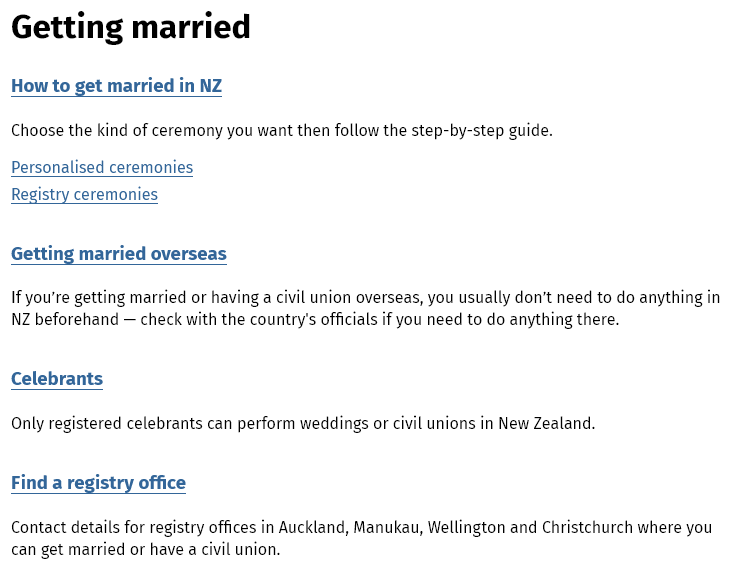
Getting    married
  Choose the kind of ceremony you want then follow the step-by-step guide.
  Personalised ceremonies
  Getting married  overseas
  If you're getting married or having a civil union overseas, you usually don’t need to do anything in
  NZ beforehand
     —
     check with the country's officials if you need to do anything there.
  Celebrants
  Only registered celebrants can perform weddings or civil unions in New Zealand.
  Contact details for registry offices in Auckland, Manukau, Wellington and Christchurch where you
  can get married or have a civil union.